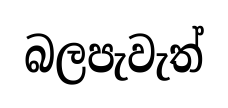
බලපැවැත්